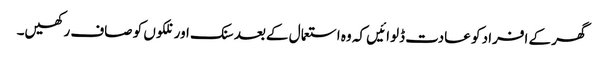
گھر کے افراد کو عادت ڈلوائیں کہ وہ استعما ل کےبعد سنک اور نلکوں کو صاف رکھیں۔